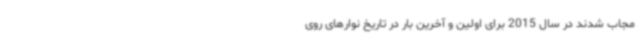
مجاب شدند در سال 2015 برای اولین و آخرین بار در تاریخ نوارهای روی